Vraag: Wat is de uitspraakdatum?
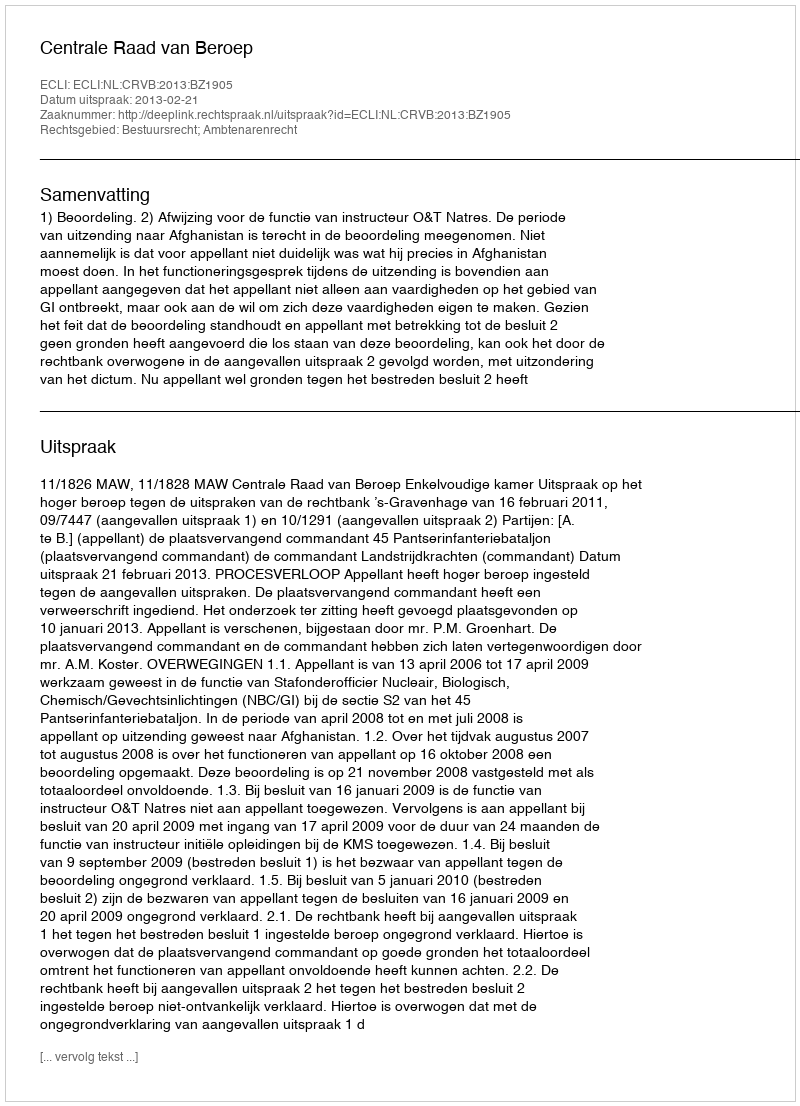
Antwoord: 2013-02-21